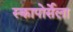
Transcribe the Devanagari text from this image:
स्कापोर्सेला